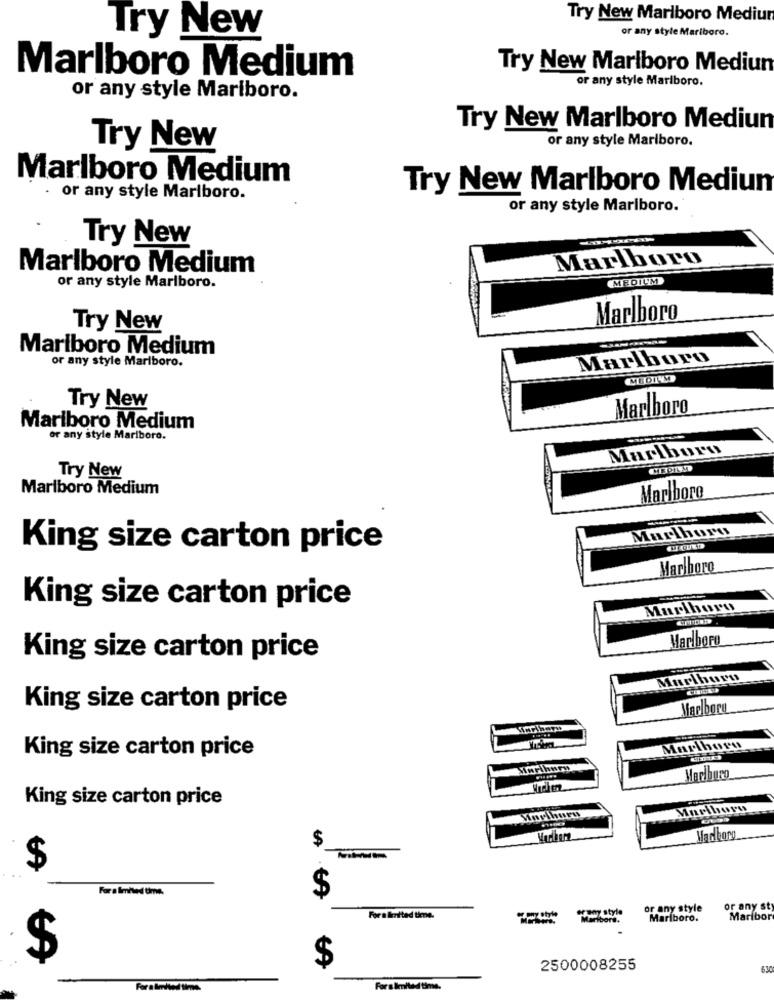
Try New Marlboro Mediun
Try New
or any style Marlboro.
Try New Marlboro Mediun
Marlboro Medium
or any style Marlboro.
or any style Mariboro.
Try New Marlboro Mediun
or any style Marlboro.
Try New
Marlboro Medium
Try New Marlboro Mediur
or any style Marlboro.
or any style Marlboro.
Try New
Marlboro
Marlboro Medium
MEDIUM
or any style Marlboro.
Marlboro
Try New
Marlboro Medium
or any style Marlboro.
Marlboro
Try New
Marlboro
Marlboro Medium
or any style Mariboro.
Marlboro
Try New
Marlboro Medium
Marlboro
Marlboro
King size carton price
Marlboro
King size carton price
Marlboro
Marlboro
King size carton price
Murlburu
King size carton price
Marlboro
King size carton price
Marlboro
King size carton price
Marlhury
Marlboro
Mackcomo
$
$
For a limited time.
$
or any style
or any sty
For a limited tiene.
Marlboro.
Maribor
$
$
2500008255
For a limited time.